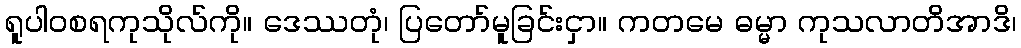
ရူပါဝစရကုသိုလ်ကို။ ဒေဿတုံ၊ ပြတော်မူခြင်းငှာ။ ကတမေ ဓမ္မာ ကုသလာတိအာဒိ၊